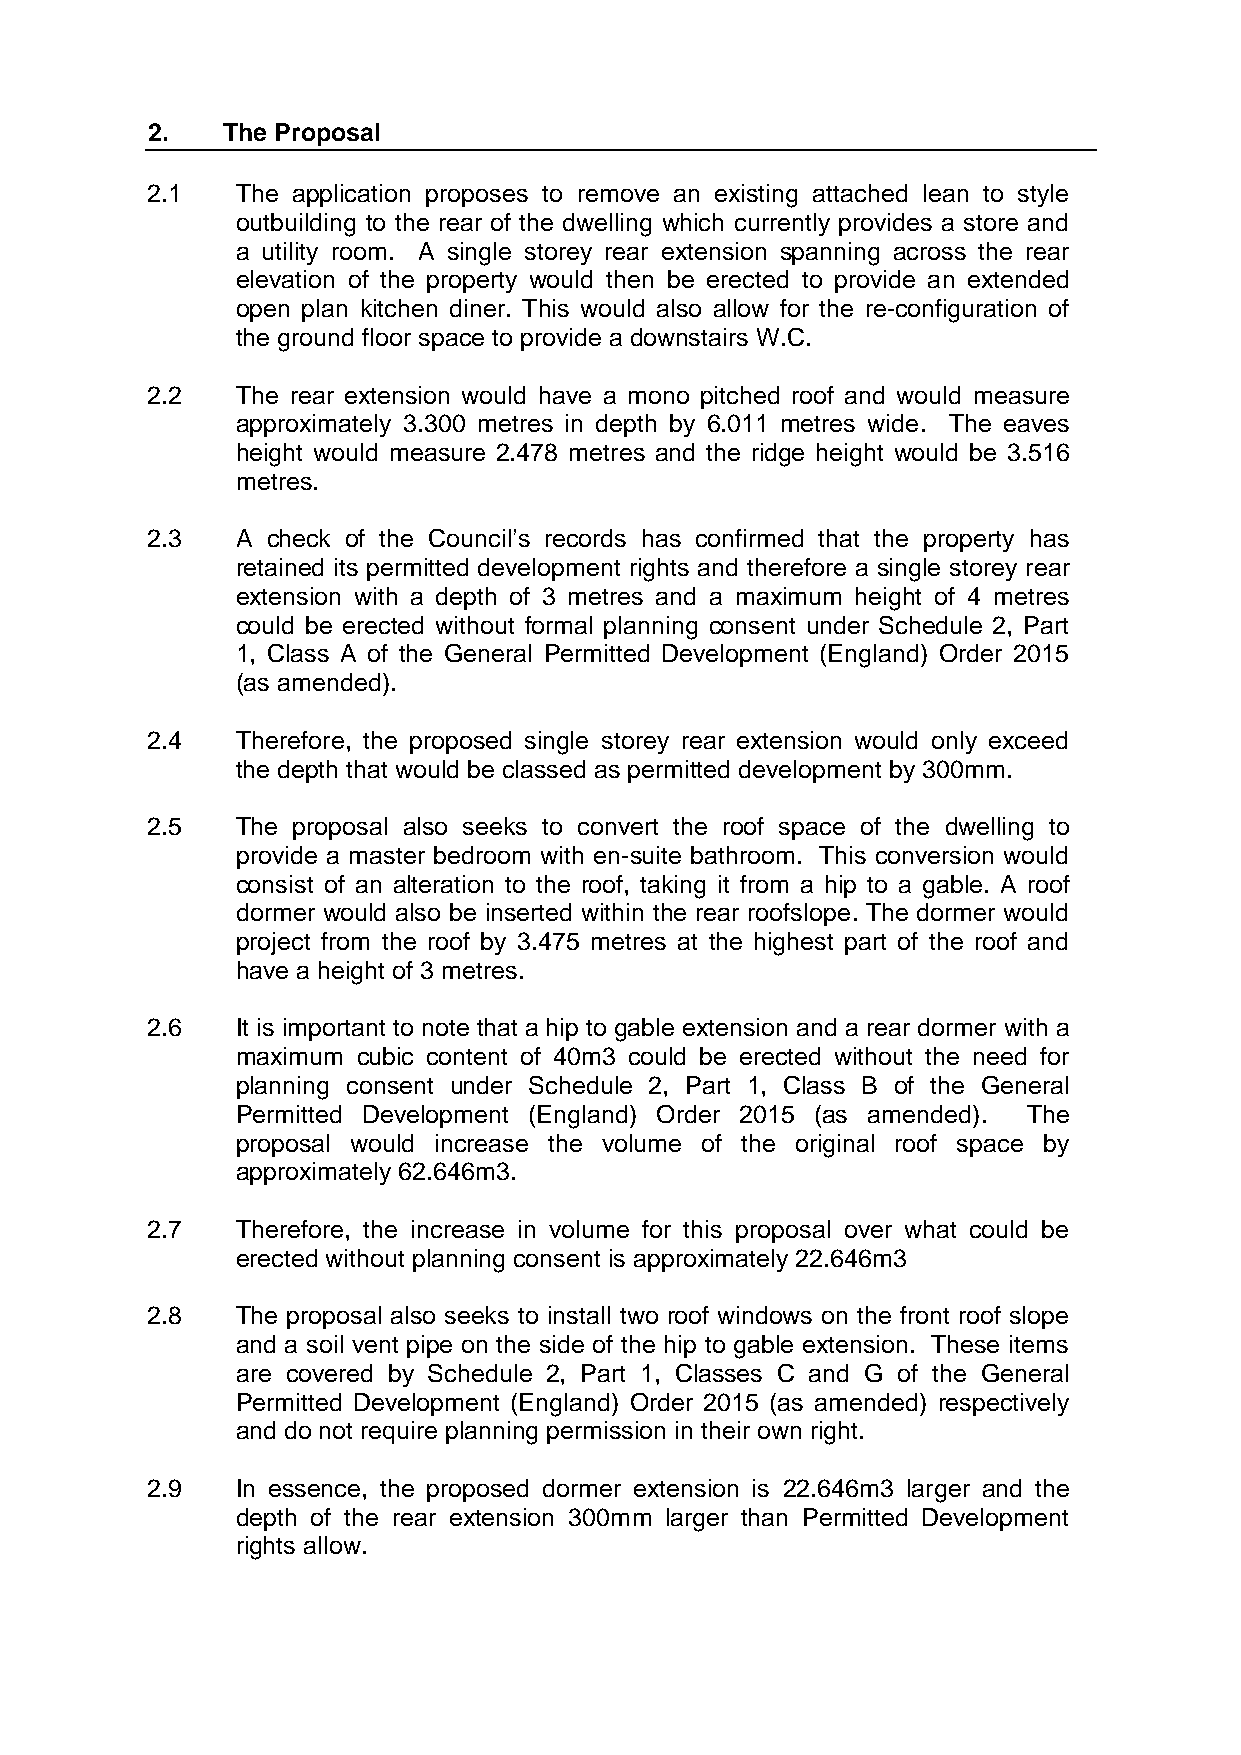
2.   The Proposal
 2.1   The application proposes to remove an existing attached lean to style
 outbuilding to the rear of the dwelling which currently provides a store and
 a utility room. A single storey rear extension spanning across the rear
 elevation of the property would then be erected to provide an extended
 open plan kitchen diner. This would also allow for the re-configuration of
 the ground floor space to provide a downstairs W.C.
 2.2   The rear extension would have a mono pitched roof and would measure
 approximately 3.300 metres in depth by 6.011 metres wide. The eaves
 height would measure 2.478 metres and the ridge height would be 3.516
 metres.
 2.3   A check of the Council’s records has confirmed that the property has
 retained its permitted development rights and therefore a single storey rear
 extension with a depth of 3 metres and a maximum height of 4 metres
 could be erected without formal planning consent under Schedule 2, Part
 1, Class A of the General Permitted Development (England) Order 2015
 (as amended).
 2.4   Therefore, the proposed single storey rear extension would only exceed
 the depth that would be classed as permitted development by 300mm.
 2.5   The proposal also seeks to convert the roof space of the dwelling to
 provide a master bedroom with en-suite bathroom. This conversion would
 consist of an alteration to the roof, taking it from a hip to a gable. A roof
 dormer would also be inserted within the rear roofslope. The dormer would
 project from the roof by 3.475 metres at the highest part of the roof and
 have a height of 3 metres.
 2.6   It is important to note that a hip to gable extension and a rear dormer with a
 maximum cubic content of 40m3 could be erected without the need for
 planning consent under Schedule 2, Part 1, Class B of the General
 Permitted Development (England) Order 2015 (as amended). The
 proposal would increase the volume of the original roof space by
 approximately 62.646m3.
 2.7   Therefore, the increase in volume for this proposal over what could be
 erected without planning consent is approximately 22.646m3
 2.8   The proposal also seeks to install two roof windows on the front roof slope
 and a soil vent pipe on the side of the hip to gable extension. These items
 are covered by Schedule 2, Part 1, Classes C and G of the General
 Permitted Development (England) Order 2015 (as amended) respectively
 and do not require planning permission in their own right.
 2.9   In essence, the proposed dormer extension is 22.646m3 larger and the
 depth of the rear extension 300mm larger than Permitted Development
 rights allow.